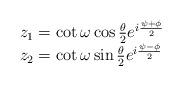
LaTeX: \begin{align*}\begin{array}{ll} z_1=\cot \omega \cos\frac{\theta}{2}e^{i\frac{\psi+\phi}{2}} \\ z_2=\cot \omega \sin\frac{\theta}{2}e^{i\frac{\psi-\phi}{2}} \end{array}\end{align*}